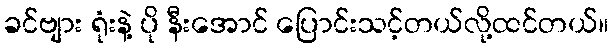
ခင်ဗျား ရုံးနဲ့ ပို နီးအောင် ပြောင်းသင့်တယ်လို့ထင်တယ်။